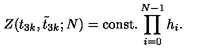
Z ( t _ { 3 k } , \tilde { t } _ { 3 k } ; N ) = \mathrm { c o n s t . } \prod _ { i = 0 } ^ { N - 1 } h _ { i } .